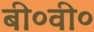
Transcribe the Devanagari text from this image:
बी०वी०